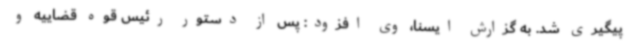
پیگیری شد. به گزارش ایسنا، وی افزود: پس از دستور رئیس قوه قضاییه و